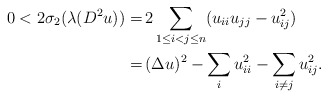
\begin{align*}\begin{aligned}0 < 2 \sigma_2 (\lambda (D^2 u)) = \,& 2 \sum_{1 \leq i < j \leq n} (u_{ii} u_{jj} - u_{ij}^2)\\ = \,& (\Delta u)^2 - \sum_i u_{ii}^2 - \sum_{i \neq j} u_{ij}^2.\end{aligned}\end{align*}